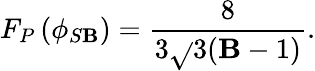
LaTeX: F_{P}\left(\phi_{S\mathbf{B}}\right)=\frac{{8}}{{3\sqrt{}{{3}}(\mathbf{B}-1)}}.